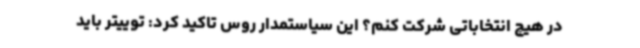
در هیچ انتخاباتی شرکت کنم؟ این سیاستمدار روس تاکید کرد: توییتر باید